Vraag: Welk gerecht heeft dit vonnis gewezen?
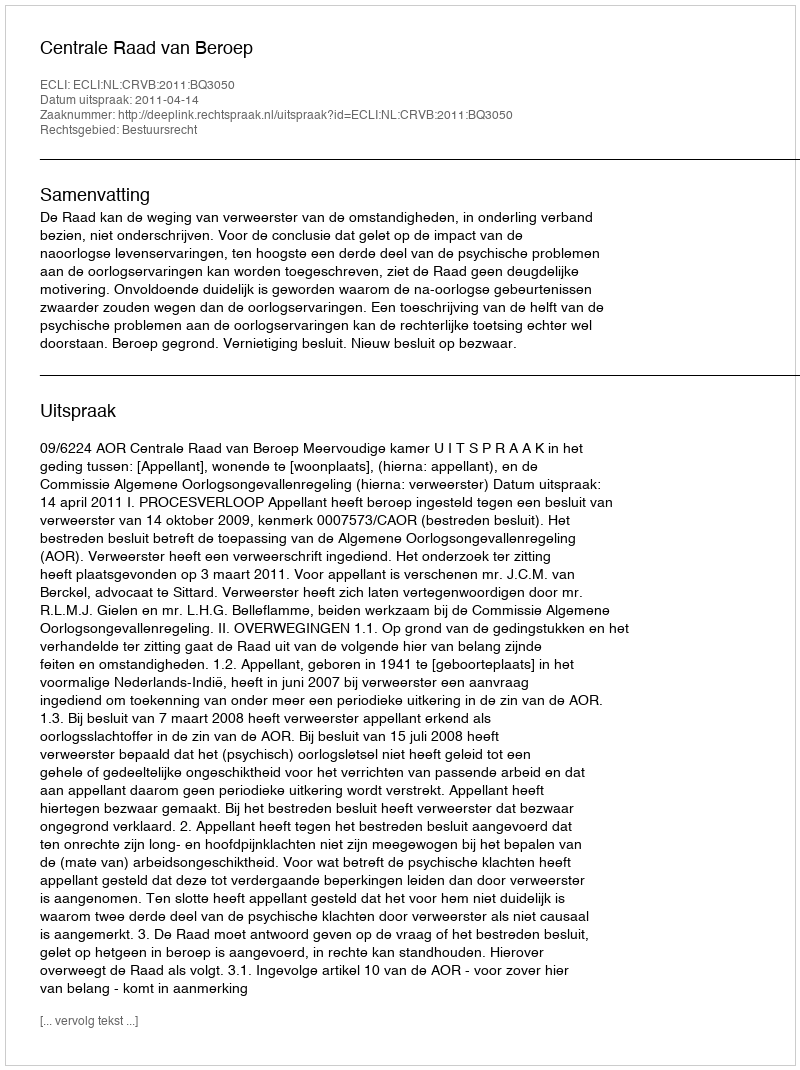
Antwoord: Centrale Raad van Beroep